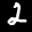
Label: 2